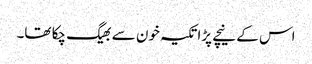
اس کے نیچے پڑا تکیہ خون سے بھیگ چکا تھا۔